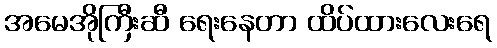
အမေအိုကြီးဆီ ရေးနေတာ ထိပ်ထားလေးရေ